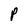
Character: P